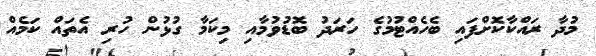
މުދާ ރައްކާކޮށްފައި ބެހެއްޓުމުގެ ހަރަދު ބޮޑުވުމާއި މިކަމާ ގުޅުން ހުރި އެތައް ކަމެއް